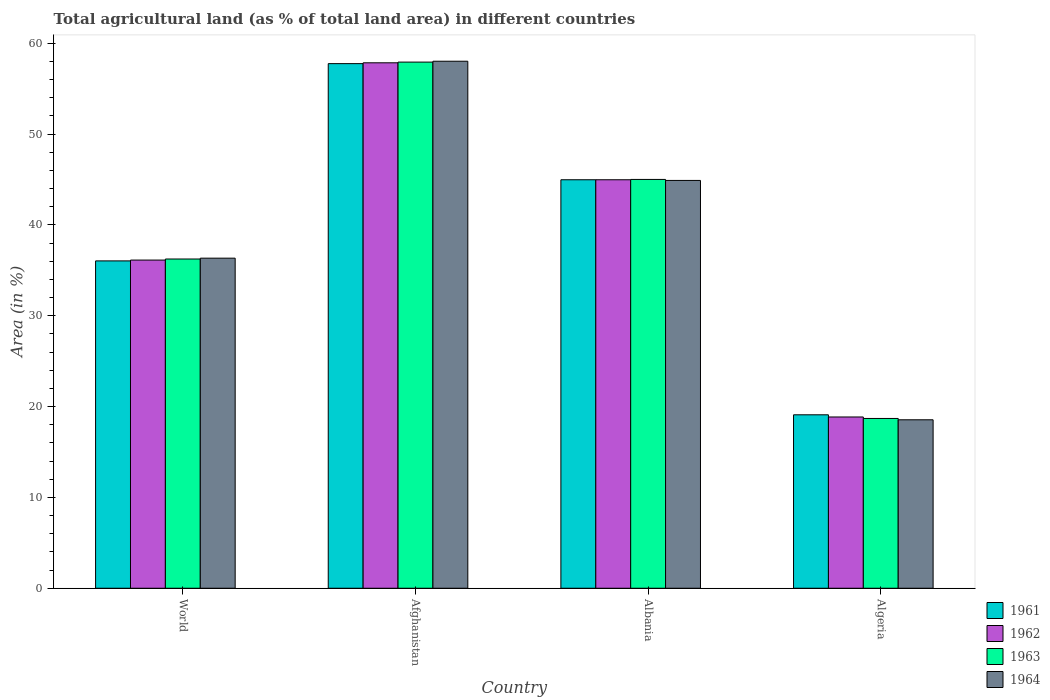
| Country | 1961 | 1962 | 1963 | 1964 |
 | --- | --- | --- | --- | --- |
 | World | 36 | 36.1 | 36.2 | 36.3 |
 | Afghanistan | 57.7 | 57.8 | 57.9 | 58 |
 | Albania | 45 | 45 | 45 | 44.9 |
 | Algeria | 19.1 | 18.9 | 18.7 | 18.5 |